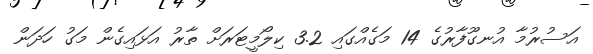
އަސުރުމާ އުނގޫފާރުގެ 14 މަގެއްގައި 3.2 ކިލޯމީޓަރަށް ތާރު އަޅައިގެން މަގު ހަދަން